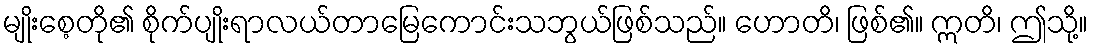
မျိုးစေ့တို၏ စိုက်ပျိုးရာလယ်တာမြေကောင်းသဘွယ်ဖြစ်သည်။ ဟောတိ၊ ဖြစ်၏။ ဣတိ၊ ဤသို့။